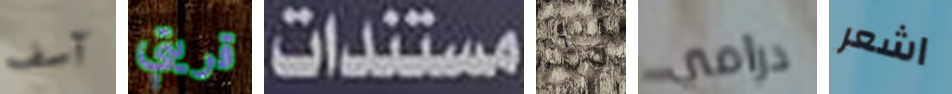
آسف قريتي مستندات ٦ درامي اشعر